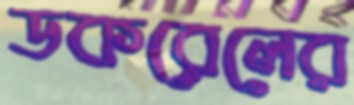
ডকরেলের